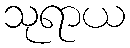
သုရာယ